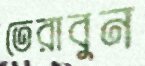
তেরাবুন